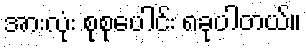
အားလုံး စုစုပေါင်း ၈ခုပါတယ်။